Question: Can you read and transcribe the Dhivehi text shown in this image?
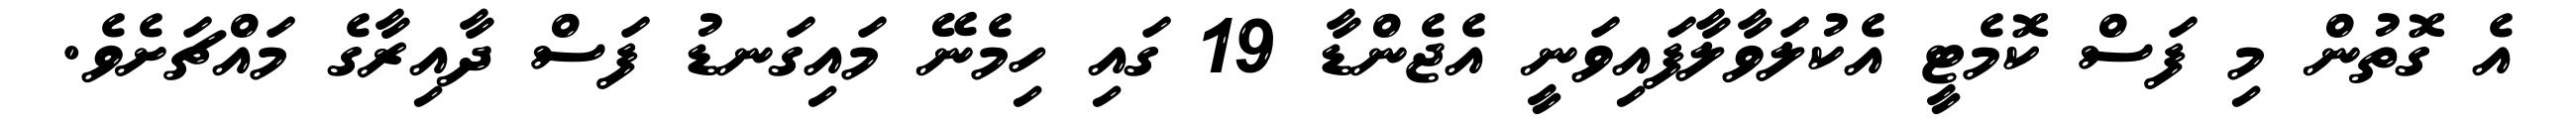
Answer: އެ ގޮތުން މި ފަސް ކޮމެޓީ އެކުލަވާލާފައިވަނީ އެޖެންޑާ 19 ގައި ހިމެނޭ މައިގަނޑު ފަސް ދާއިރާގެ މައްޗަށެވެ.